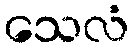
သေလံ